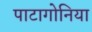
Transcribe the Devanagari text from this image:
पाटागोनिया